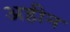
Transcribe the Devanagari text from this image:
अहीन